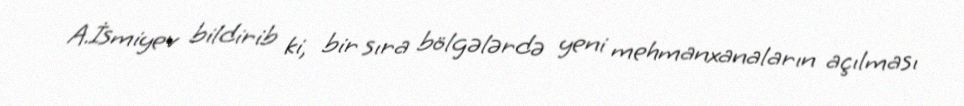
A.İsmiyev bildirib ki, bir sıra bölgələrdə yeni mehmanxanaların açılması